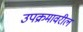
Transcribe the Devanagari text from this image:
उपक्रमावरील